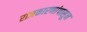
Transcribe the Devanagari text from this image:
राजकारणांपासून